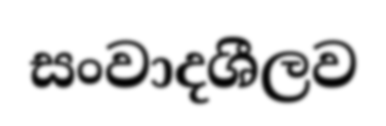
සංවාදශීලව